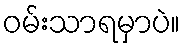
ဝမ်းသာရမှာပဲ။